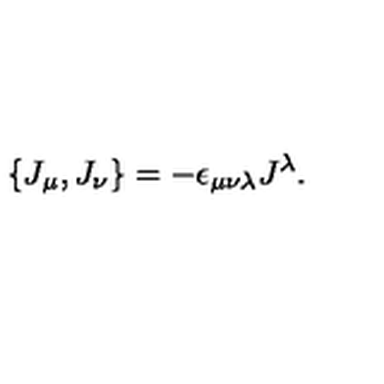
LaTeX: \{ J _ { \mu } , J _ { \nu } \} = - \epsilon _ { \mu \nu \lambda } J ^ { \lambda } .